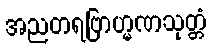
အညတရဗြာဟ္မဏသုတ္တံ